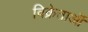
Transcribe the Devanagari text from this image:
विक्रेताऒं